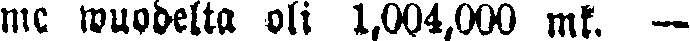
me wuodelta oli 1,004,000 mk. -